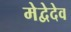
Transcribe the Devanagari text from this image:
मेद्वेदेव